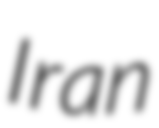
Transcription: Iran